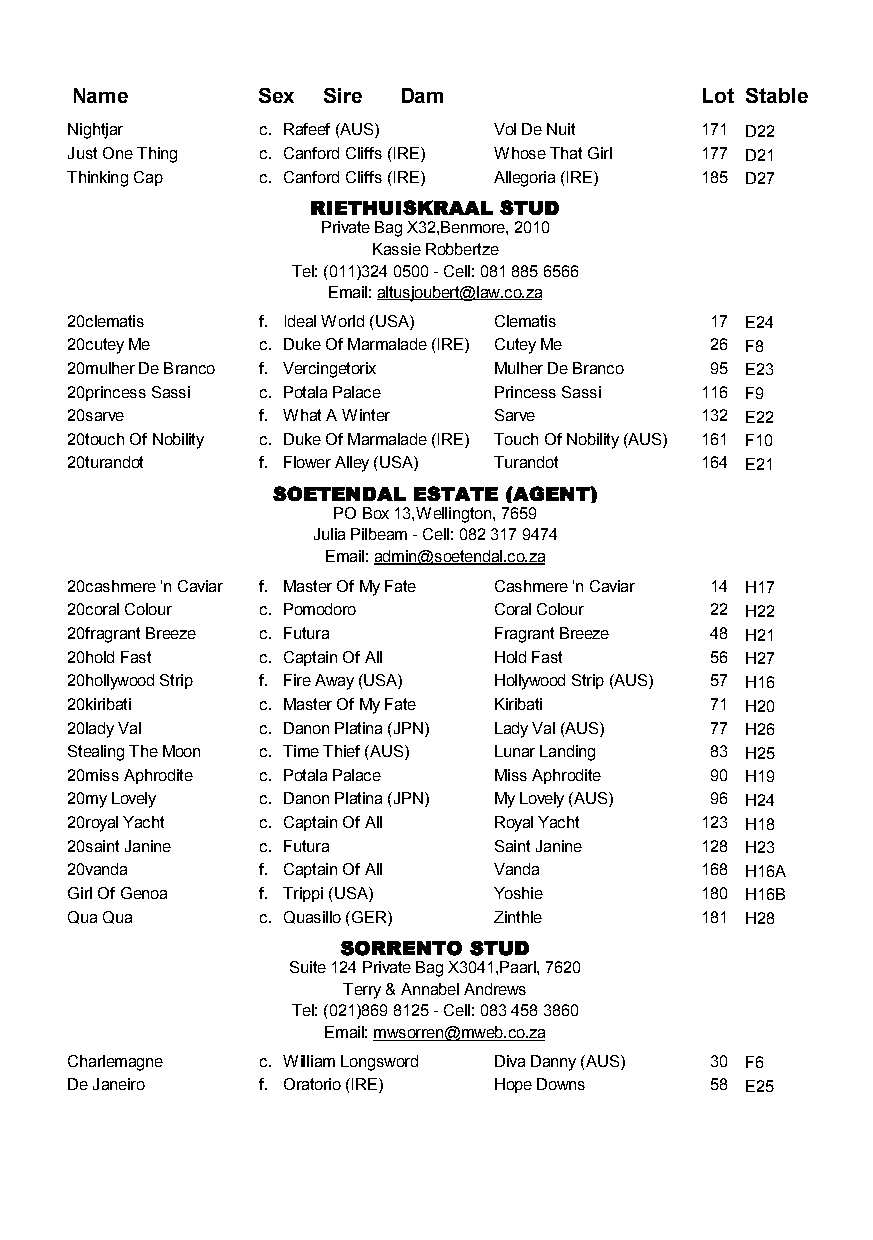
Name        Sex Sire Dam                 Lot Stable
 Nightjar     c. Rafeef (AUS) Vol De Nuit  171 D22
 Just One Thing c. Canford Cliffs (IRE) Whose That Girl 177 D21
 Thinking Cap c. Canford Cliffs (IRE) Allegoria (IRE) 185 D27
 RIETHUISKRAAL STUD
 Private Bag X32,Benmore, 2010
 Kassie Robbertze
 Tel: (011)324 0500 - Cell: 081 885 6566
 Email: altusjoubert@law.co.za
 20clematis   f. Ideal World (USA) Clematis 17 E24
 20cutey Me   c. Duke Of Marmalade (IRE) Cutey Me 26 F8
 20mulher De Branco f. Vercingetorix Mulher De Branco 95 E23
 20princess Sassi c. Potala Palace Princess Sassi 116 F9
 20sarve      f. What A Winter Sarve       132 E22
 20touch Of Nobility c. Duke Of Marmalade (IRE) Touch Of Nobility (AUS) 161 F10
 20turandot   f. Flower Alley (USA) Turandot 164 E21
 SOETENDAL ESTATE (AGENT)
 PO Box 13,Wellington, 7659
 Julia Pilbeam - Cell: 082 317 9474
 Email: admin@soetendal.co.za
 20cashmere 'n Caviar f. Master Of My Fate Cashmere 'n Caviar 14 H17
 20coral Colour c. Pomodoro   Coral Colour  22 H22
 20fragrant Breeze c. Futura  Fragrant Breeze 48 H21
 20hold Fast  c. Captain Of All Hold Fast   56 H27
 20hollywood Strip f. Fire Away (USA) Hollywood Strip (AUS) 57 H16
 20kiribati   c. Master Of My Fate Kiribati 71 H20
 20lady Val   c. Danon Platina (JPN) Lady Val (AUS) 77 H26
 Stealing The Moon c. Time Thief (AUS) Lunar Landing 83 H25
 20miss Aphrodite c. Potala Palace Miss Aphrodite 90 H19
 20my Lovely  c. Danon Platina (JPN) My Lovely (AUS) 96 H24
 20royal Yacht c. Captain Of All Royal Yacht 123 H18
 20saint Janine c. Futura     Saint Janine 128 H23
 20vanda      f. Captain Of All Vanda      168 H16A
 Girl Of Genoa f. Trippi (USA) Yoshie      180 H16B
 Qua Qua      c. Quasillo (GER) Zinthle    181 H28
 SORRENTO STUD
 Suite 124 Private Bag X3041,Paarl, 7620
 Terry & Annabel Andrews
 Tel: (021)869 8125 - Cell: 083 458 3860
 Email: mwsorren@mweb.co.za
 Charlemagne  c. William Longsword Diva Danny (AUS) 30 F6
 De Janeiro   f. Oratorio (IRE) Hope Downs  58 E25